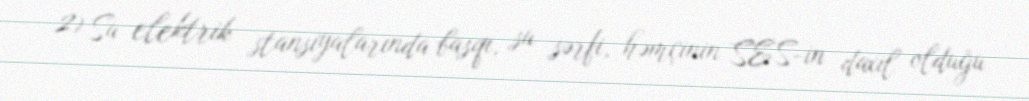
2) Su elektrik stansiyalarında basqı, su sərfi, həmçinin SES-in daxil olduğu